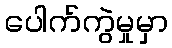
ပေါက်ကွဲမှုမှာ